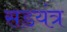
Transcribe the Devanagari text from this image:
सडयंत्र